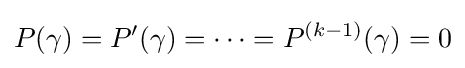
P(\gamma )=P'(\gamma )=\cdots =P^{(k-1)}(\gamma )=0